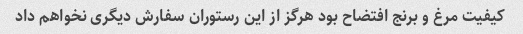
کیفیت مرغ و برنج افتضاح بود هرگز از این رستوران سفارش دیگری نخواهم داد